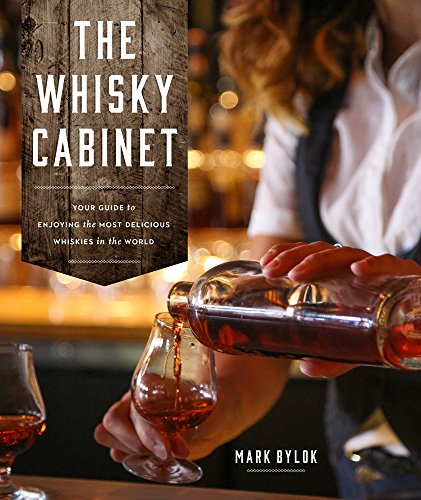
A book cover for The Whisky Cabinet: Your guide to enjoying the most delicious whiskies in the world.; Mark Bylok; Reference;